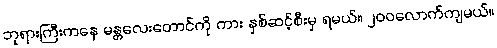
ဘုရားကြီးကနေ မန္တလေးတောင်ကို ကား နှစ်ဆင့်စီးမှ ရမယ်။ ၂၀၀လောက်ကျမယ်။